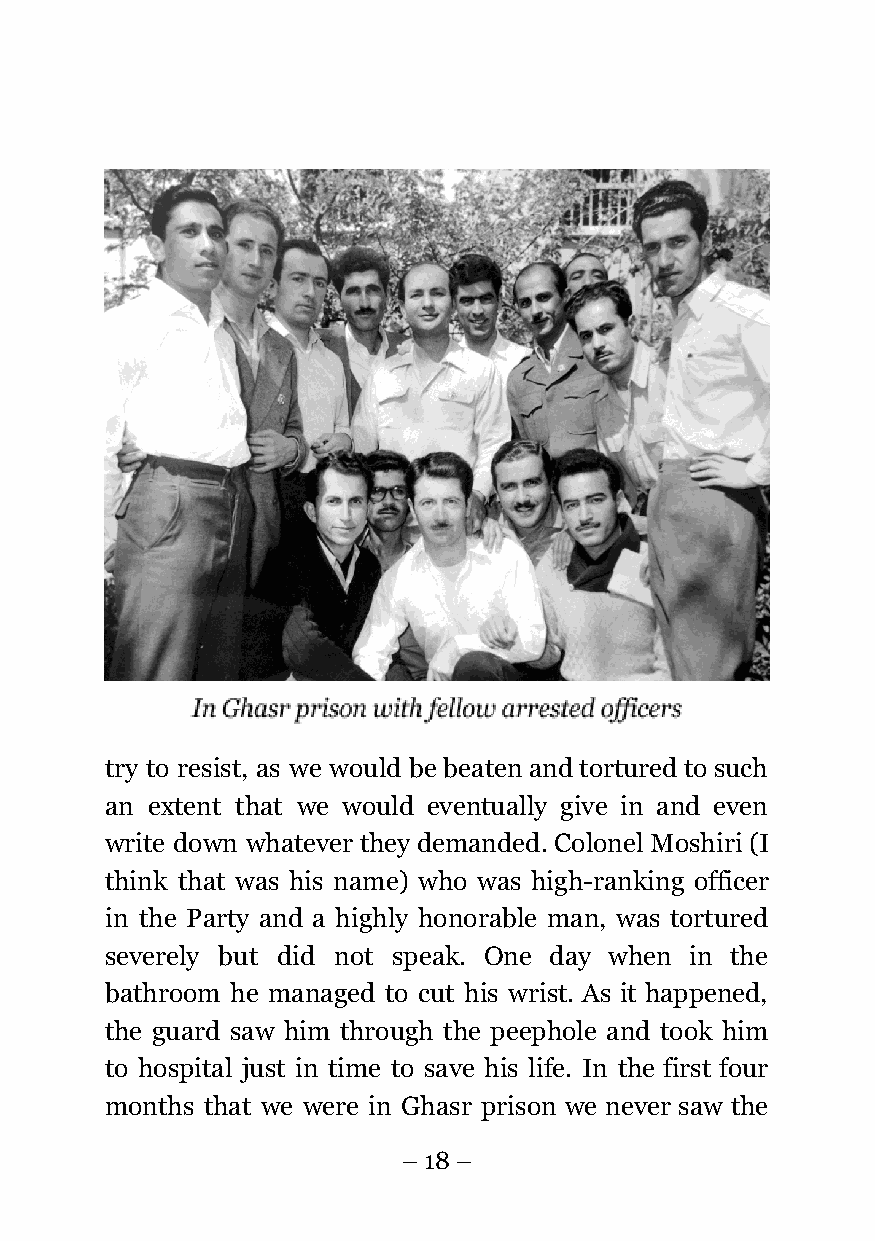
try to resist, as we would be beaten and tortured to such
 an extent that we would eventually give in and even
 write down whatever they demanded. Colonel Moshiri (I
 think that was his name) who was high-ranking officer
 in the Party and a highly honorable man, was tortured
 severely but did not speak. One day when in the
 bathroom he managed to cut his wrist. As it happened,
 the guard saw him through the peephole and took him
 to hospital just in time to save his life. In the first four
 months that we were in Ghasr prison we never saw the
 – 18 –